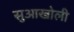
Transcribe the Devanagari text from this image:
सुआखोली